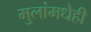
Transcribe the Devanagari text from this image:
मुलांमधेही